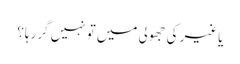
یاغیر کی جھولی میں تو نہیں گررہا؟